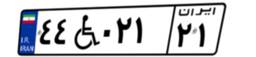
۴۴W۰۲۱۲۱